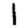
Digit: 1